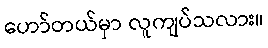
ဟော်တယ်မှာ လူကျပ်သလား။